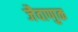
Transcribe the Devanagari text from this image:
जैवाणुक